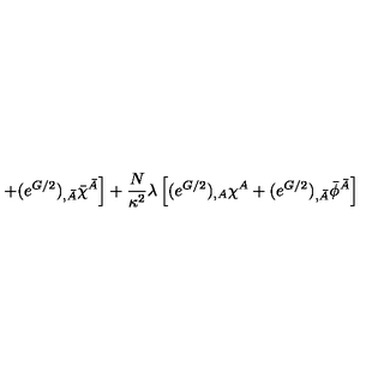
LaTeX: \left. + ( e ^ { G / 2 } ) _ { , \bar { A } } \bar { \chi } ^ { \bar { A } } \right] + \frac { N } { \kappa ^ { 2 } } \lambda \left[ ( e ^ { G / 2 } ) _ { , A } \chi ^ { A } + ( e ^ { G / 2 } ) _ { , \bar { A } } \bar { \phi } ^ { \bar { A } } \right]